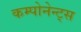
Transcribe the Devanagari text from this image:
कम्पोनेन्ट्स